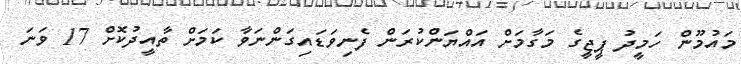
މައުމޫން ހަމީދު ޕީޖީގެ މަގާމަށް އައްޔަންކުރަން ފެނިވަޑައިގަންނަވާ ކަމަަށް ތާއީދުކޮށް 17 ވަނަ